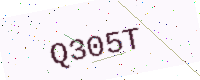
Text: Q305T